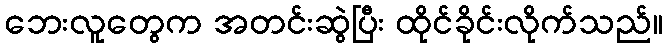
ဘေးလူတွေက အတင်းဆွဲပြီး ထိုင်ခိုင်းလိုက်သည်။